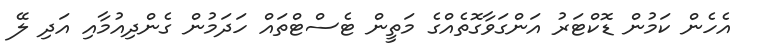
އެހެން ކަމުން ޑޮކްޓަރު އަންގަވާގޮތެއްގެ މަތީން ޓެސްޓްތައް ހަދަމުން ގެންދިއުމާއި އަދި ލޭ